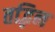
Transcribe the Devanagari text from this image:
तद्भिन